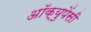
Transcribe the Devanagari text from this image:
अॉक्युपेंसी